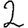
Digit: 2